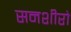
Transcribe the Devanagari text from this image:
सनशीरो